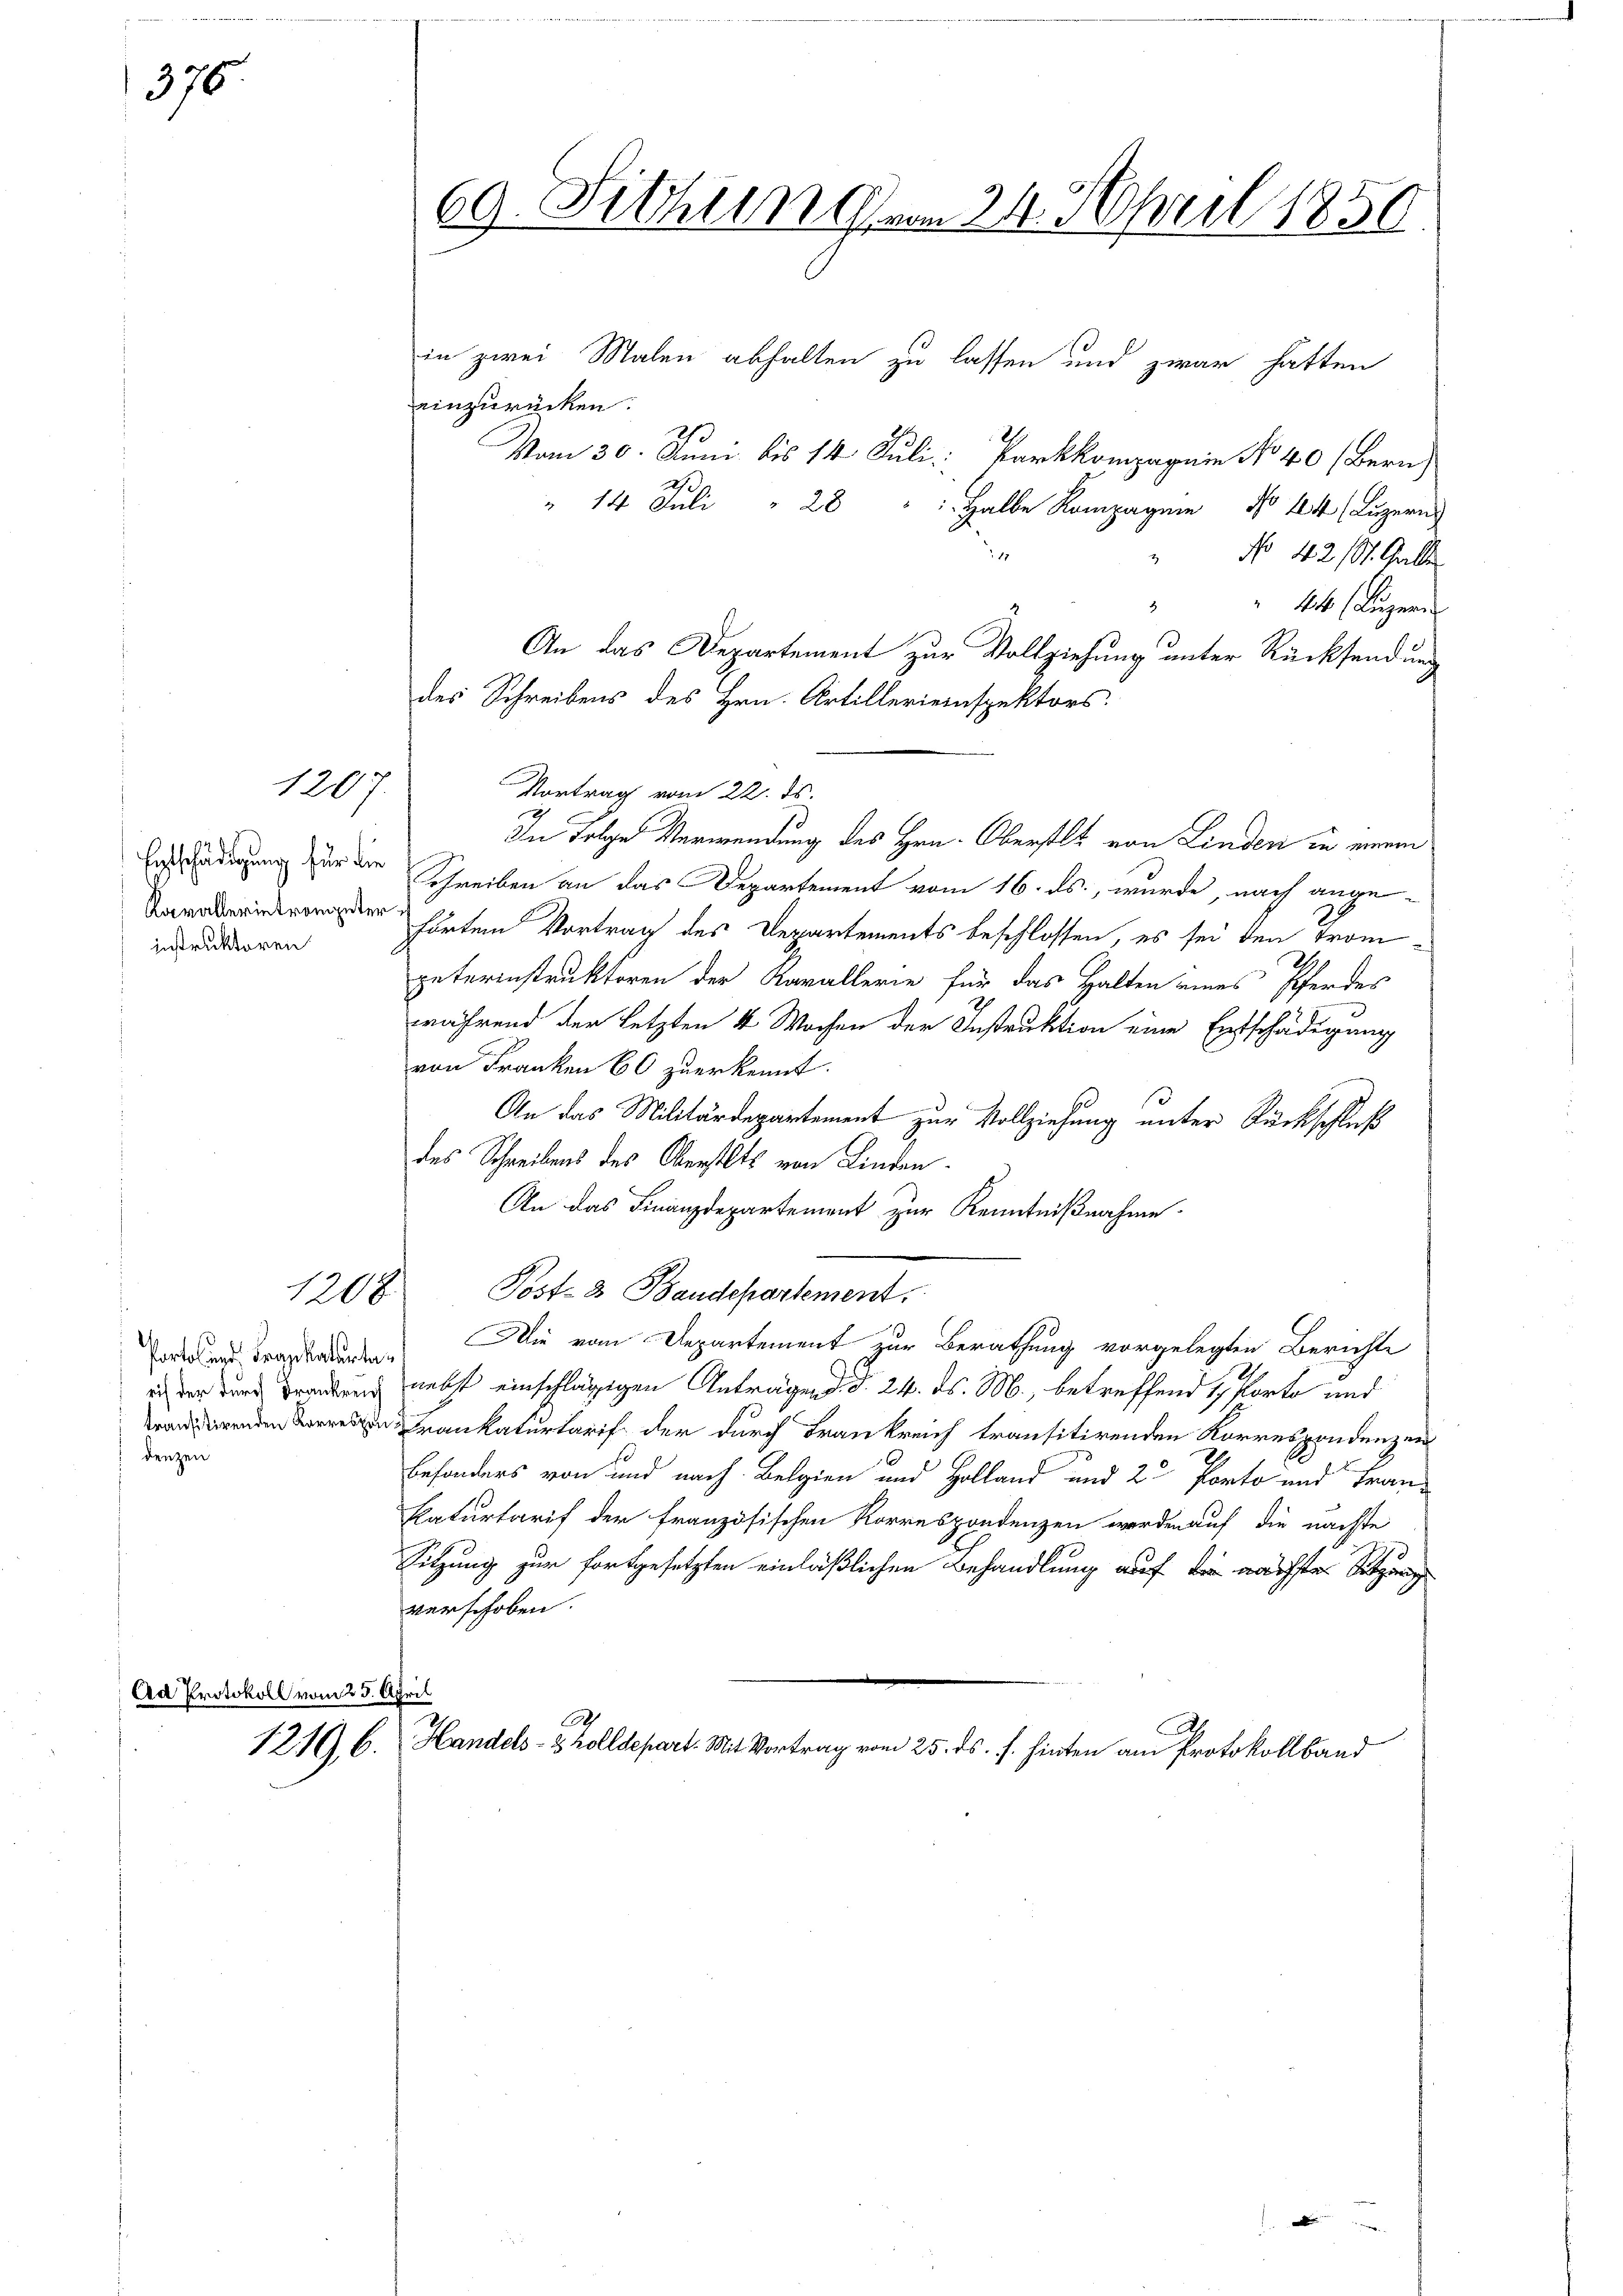
376.

Entschädigung für die
instruktoren

Ad Protok

1207.

Porto und Frankatartadenzen

1208

25.

12196.

einzurücken.
Vom 30. Juni bis 14. Juli Parkkompagnie No 40 (Bern
" 14 Juli
28
 Halbe Kompagnie No 144 (Luzern
No 42 St. Galle
44 (Luzern
An das Departement zur Vollziehung unter Rücksendung
des Schreibens des Hrn. Artillerieinspektors.
Vortrag vom 22. ds.
Schreiben an das Departement vom 16. ds., wurde, nach angeehrten Vortrag des Departements beschlossen, es sei den Trompeterinstruktoren der Kavallerie für das Halten eines Pferder
während der Letzten 4 Wochen der Instruktion eine Entschädigung
von Franken 60 zuerkennt.
An das Militärdepartement zur Vollziehung unter Rückschluß
des Schreibens des Oberstets von Kinden
An das Finanzdepartement zur Kenntnißnahme.
Post- & Baudepartement.
Die vom Departement zur Berathung vorgelegten Berichte
in der der Brandung nebst einschlägigen Anträgen d. d. 24. ds. M., betreffend & Porto und
ankaturtarif der durch Frankreich transitirenden Korrespondenzen
Besonders von und nach Belgien und Holland und 2 Porto und Tran¬
Naturtarif der französischen Korrespondenzen werden auf die nächste
Sitzung zur Fortgesetzten einläßlichen Behandlung auf die nächste Sitzung
verschoben.
.

69. Sitzung vom 24. April 1850
in zwei Malen abhalten zu lassen und zwar hatten

1

In Folge Verwendung des Hrn. Oberstlt von Linden in einen

Handels- & Zolldepart. Mit Vortrag vom 25. ds. f. hinten am Protokollband